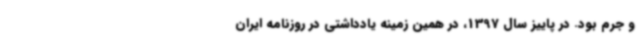
و جرم بود. در پاییز سال 1397، در همین زمینه یادداشتی در روزنامه ایران